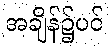
အချိန်၌ပင်